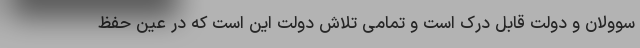
سوولان و دولت قابل درک است و تمامی تلاش دولت این است که در عین حفظ